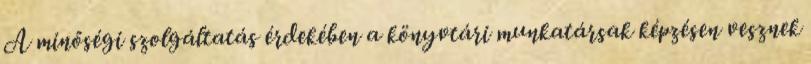
A minőségi szolgáltatás érdekében a könyvtári munkatársak képzésen vesznek